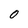
Character: 0